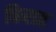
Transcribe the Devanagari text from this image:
फिरात